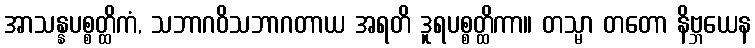
အာသန္နပစ္စတ္ထိကံ, သဘာဂဝိသဘာဂတာယ အရတိ ဒူရပစ္စတ္ထိကာ။ တသ္မာ တတော နိဗ္ဘယေန